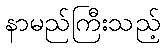
နာမည်ကြီးသည့်